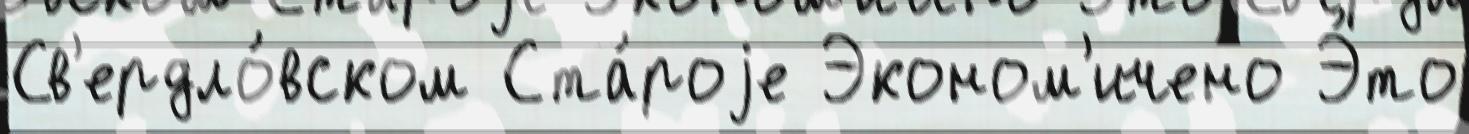
Св'ердло́вском Ста́роjе Эконом'ичено Э́то